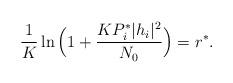
LaTeX: \begin{align*}\frac{1}{K}\ln\Big(1+\frac{KP_i^*|h_i|^2}{N_0}\Big)=r^*.\end{align*}